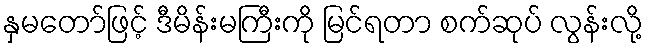
နှမတော်ဖြင့် ဒီမိန်းမကြီးကို မြင်ရတာ စက်ဆုပ် လွန်းလို့